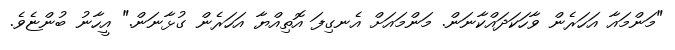
"މަންމައާ އަހަރެން ވާހަކަދައްކާނަން. މަންމައަށް އެނގިފަ އޮތިއްޔާ އަހަރެން ގުޅާނަން." އީހާނު ބުންޏެވެ.